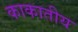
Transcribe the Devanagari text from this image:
काकातीय